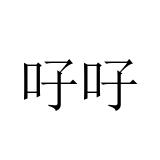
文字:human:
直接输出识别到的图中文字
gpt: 吇吇